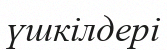
үшкілдері